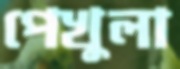
পেখুলা